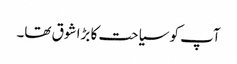
آپ کو سیاحت کا بڑا شوق تھا۔